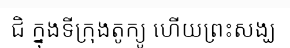
ជិ ក្នុងទីក្រុងតូក្យូ ហើយព្រះសង្ឃ